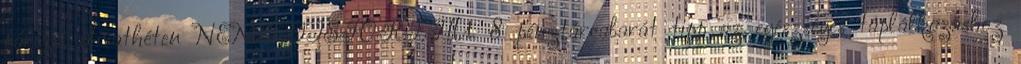
párizsi divathéten NEMZETISPORT.HU 8 pénztárcabarát tipp az egészséges táplálkozáshoz